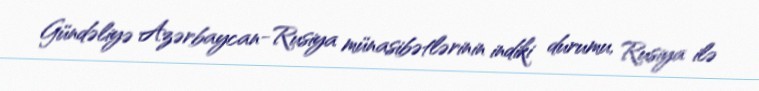
Gündəliyə Azərbaycan-Rusiya münasibətlərinin indiki durumu, Rusiya ilə